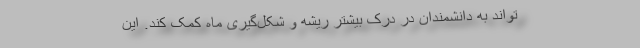
‌تواند به دانشمندان در درک بیشتر ریشه و شکل‌گیری ماه کمک کند. این